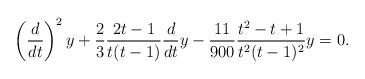
LaTeX: \begin{align*}\left(\frac{d}{dt}\right)^2y+\frac{2}{3}\frac{2t-1}{t(t-1)}\frac{d}{dt}y-\frac{11}{900}\frac{t^2-t+1}{t^2(t-1)^2}y=0.\end{align*}